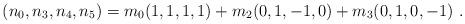
LaTeX: \begin{align*}(n_0,n_3,n_4,n_5)=m_0 (1,1,1,1) +m_2(0,1,-1,0) +m_3(0,1,0,-1 )\ .\end{align*}